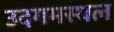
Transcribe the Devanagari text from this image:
उदगमस्थल